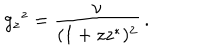
g _ { z } { } ^ { z } = \frac { \nu } { ( 1 + z z ^ { * } ) ^ { 2 } } \, .